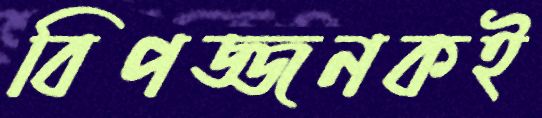
বিপজ্জনকই